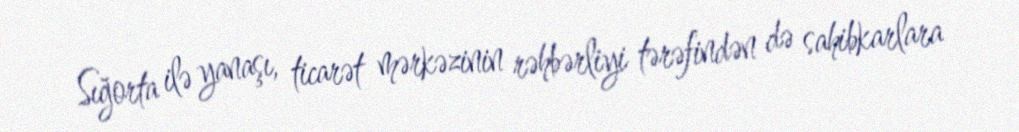
Sığorta ilə yanaşı, ticarət mərkəzinin rəhbərliyi tərəfindən də sahibkarlara